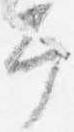
幸